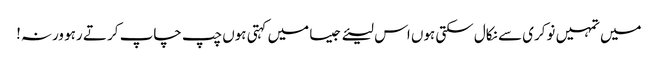
میں تمہیں نوکری سے نکال سکتی ہوں اس لیئے جیسا میں کہتی ہوں چپ چاپ کر تے رہو ورنہ!